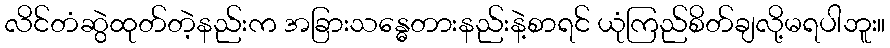
လိင်တံဆွဲထုတ်တဲ့နည်းက အခြားသန္ဓေတားနည်းနဲ့စာရင် ယုံကြည်စိတ်ချလို့မရပါဘူး။